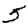
Digit: 5